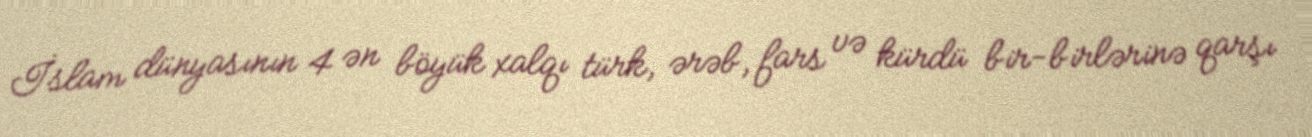
İslam dünyasının 4 ən böyük xalqı türk, ərəb, fars və kürdü bir-birlərinə qarşı